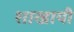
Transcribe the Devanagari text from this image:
शाखायी